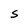
Character: S